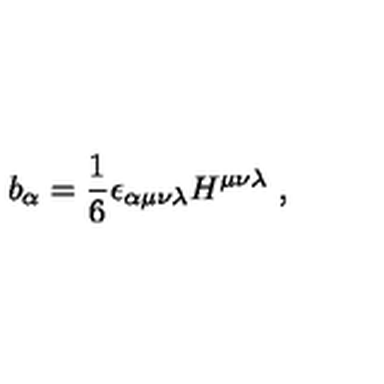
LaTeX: b _ { \alpha } = \frac { 1 } { 6 } \epsilon _ { \alpha \mu \nu \lambda } H ^ { \mu \nu \lambda } \ ,